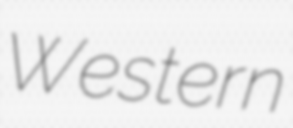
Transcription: Western